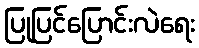
ပြုပြင်ပြောင်းလဲရေး